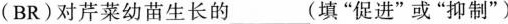
(BR)对芹菜幼苗生长的___(填”促进”或”抑制”)